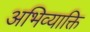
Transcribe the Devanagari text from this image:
अभिव्याक्ति